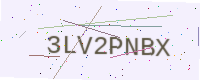
Text: 3LV2PNBX